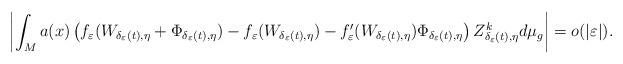
LaTeX: \begin{align*}\left|\int_{M}a(x)\left(f_{\varepsilon}(W_{\delta_{\varepsilon}(t),\eta}+\Phi_{\delta_{\varepsilon}(t),\eta})-f_{\varepsilon}(W_{\delta_{\varepsilon}(t),\eta})-f_{\varepsilon}'(W_{\delta_{\varepsilon}(t),\eta})\Phi_{\delta_{\varepsilon}(t),\eta}\right)Z_{\delta_{\varepsilon}(t),\eta}^{k}d\mu_{g}\right|=o(|\varepsilon|).\end{align*}